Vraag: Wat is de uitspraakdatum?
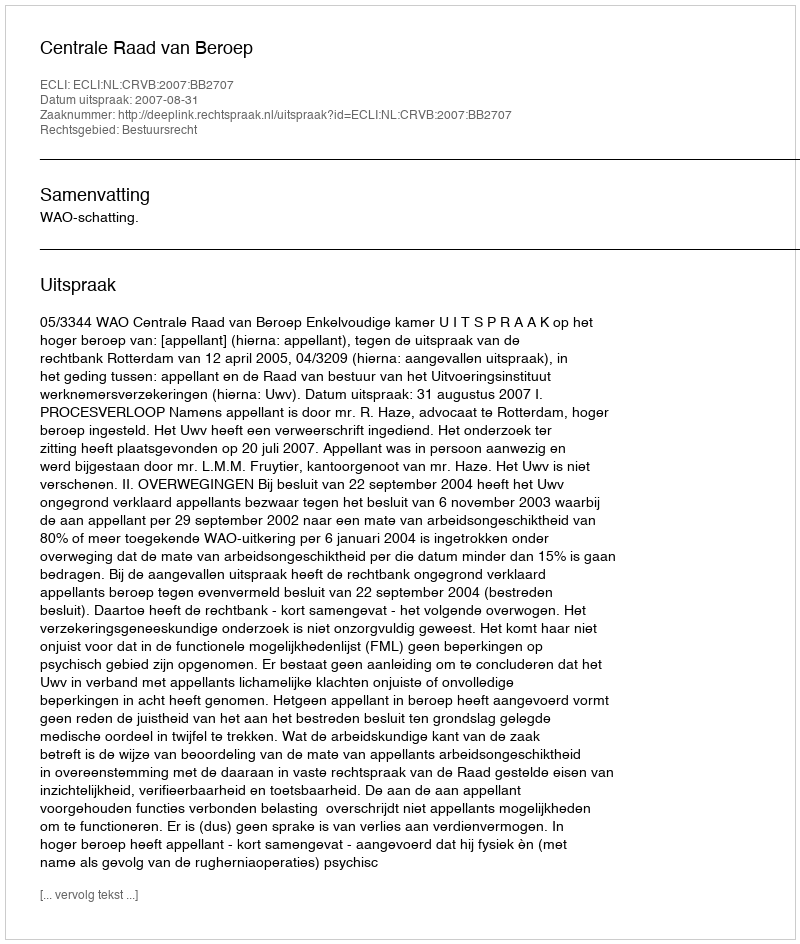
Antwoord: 2007-08-31